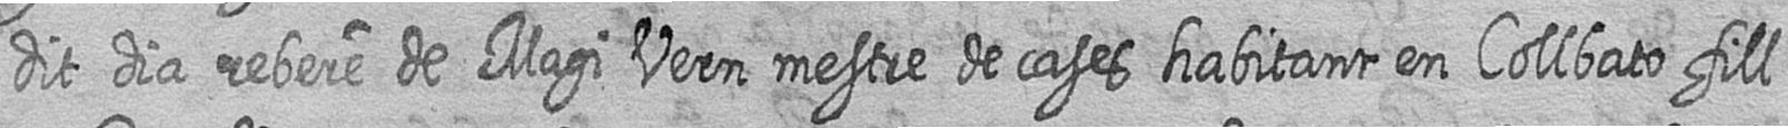
dit dia rebere de Magi Vern mestre de cases habitant en Collbato fill